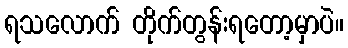
ရသလောက် တိုက်တွန်းရတော့မှာပဲ။